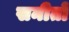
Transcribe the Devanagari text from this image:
सनीतो